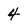
Character: 4